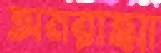
অমরাত্মা